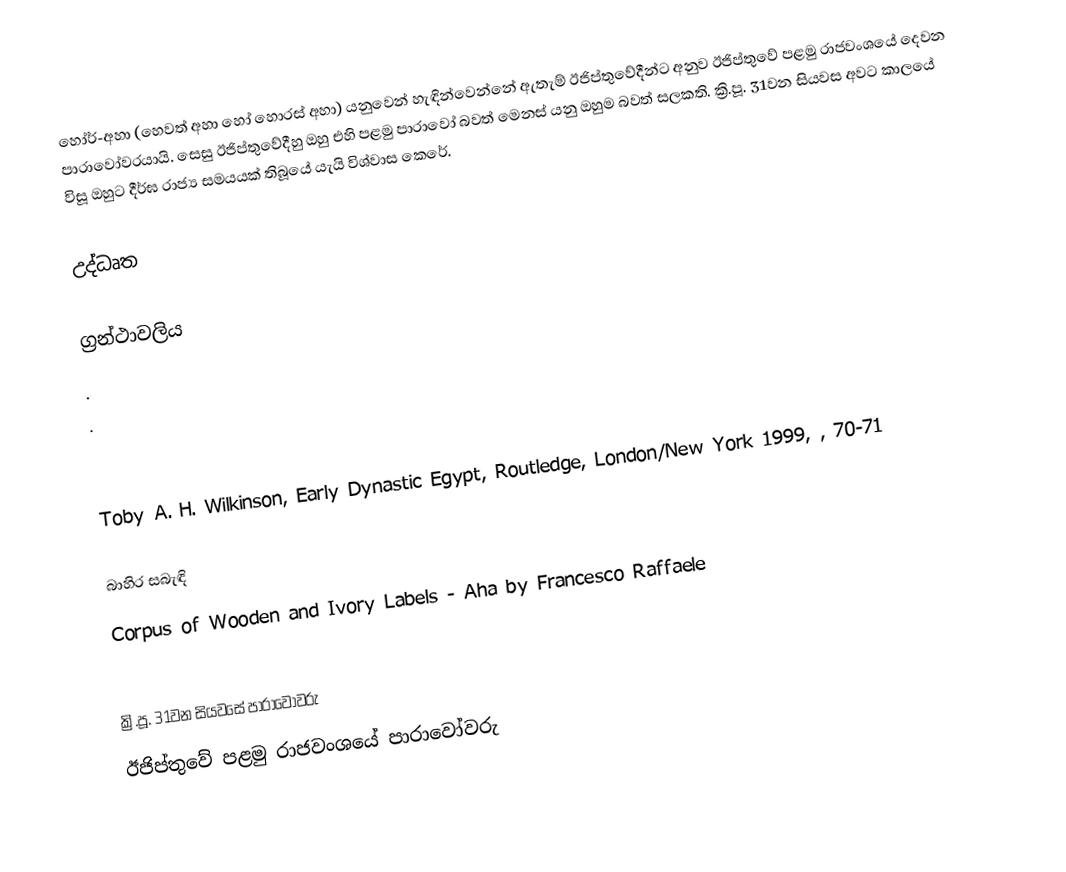
හෝර්-අහා (හෙවත් අහා හෝ හොරස් අහා) යනුවෙන් හැඳින්වෙන්නේ ඇතැම් ඊජිප්තුවේදීන්ට අනුව ඊජිප්තුවේ පළමු රාජවංශයේ දෙවන පාරාවෝවරයායි. සෙසු ඊජිප්තුවේදීහු ඔහු එහි පළමු පාරාවෝ බවත් මෙනස් යනු ඔහුම බවත් සලකති. ක්‍රි.පූ. 31වන සියවස අවට කාලයේ විසූ ඔහුට දීර්ඝ රාජ්‍ය සමයයක් තිබූයේ යැයි විශ්වාස කෙරේ.

උද්ධෘත

ග්‍රන්ථාවලිය
 .
 .

 Toby A. H. Wilkinson, Early Dynastic Egypt, Routledge, London/New York 1999, , 70-71

බාහිර සබැඳි
 Corpus of Wooden and Ivory Labels - Aha by Francesco Raffaele

ක්‍රි.පූ. 31වන සියවසේ පාරාවෝවරු
ඊජිප්තුවේ පළමු රාජවංශයේ පාරාවෝවරු